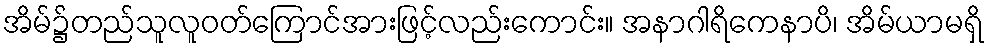
အိမ်၌တည်သူလူဝတ်ကြောင်အားဖြင့်လည်းကောင်း။ အနာဂါရိကေနာပိ၊ အိမ်ယာမရှိ